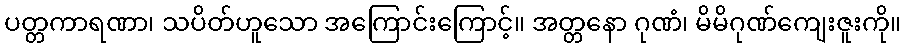
ပတ္တကာရဏာ၊ သပိတ်ဟူသော အကြောင်းကြောင့်။ အတ္တနော ဂုဏံ၊ မိမိဂုဏ်ကျေးဇူးကို။